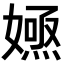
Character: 𡠮